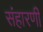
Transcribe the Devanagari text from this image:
संहारणी